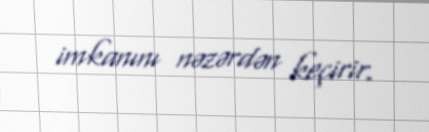
imkanını nəzərdən keçirir.